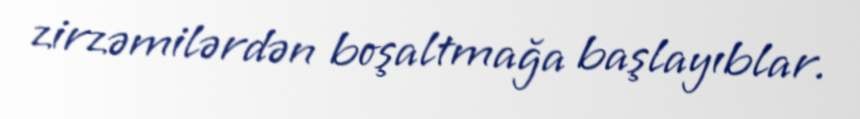
zirzəmilərdən boşaltmağa başlayıblar.